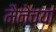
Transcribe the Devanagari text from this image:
मैनेच्या